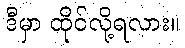
ဒီမှာ ထိုင်လို့ရလား။